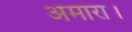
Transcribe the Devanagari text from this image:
अमारा।